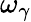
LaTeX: \omega_{\gamma}